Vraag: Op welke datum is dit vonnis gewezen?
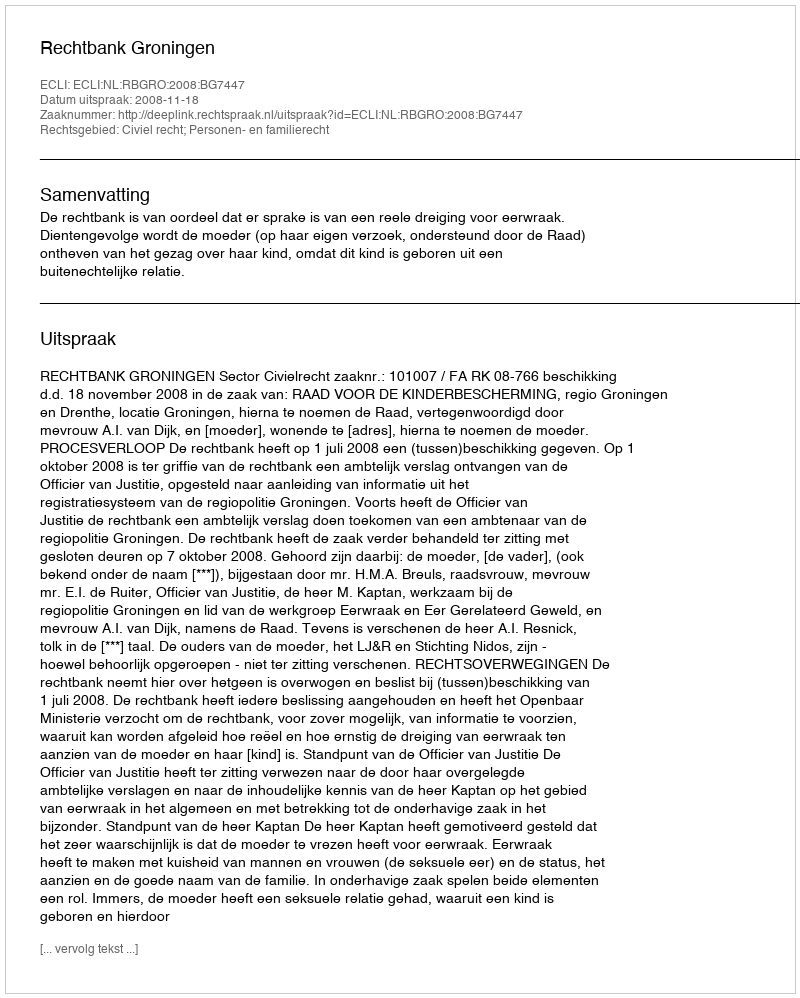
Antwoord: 2008-11-18